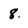
Character: 8